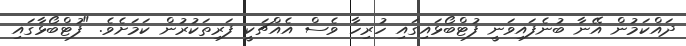
ދައްކަމުން އޭނާ ބުނެފައިވަނީ ފުޓްބޯޅައިގައި ހުރިހާ ވެސް އެއްޗަކީ ފަރިތަކުރުން ކަމަށެވެ. "ފުޓްބޯޅާގައި